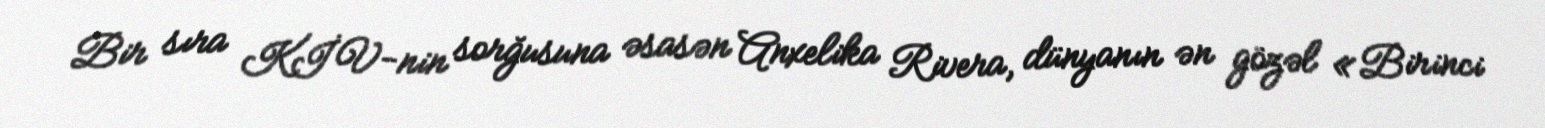
Bir sıra KİV-nin sorğusuna əsasən Anxelika Rivera, dünyanın ən gözəl «Birinci